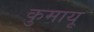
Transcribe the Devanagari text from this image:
कुमायू